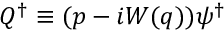
Q ^ { \dagger } \equiv ( p - i W ( q ) ) \psi ^ { \dagger }